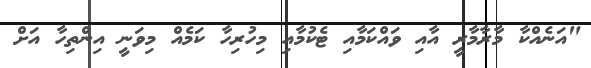
"އަނެއްކާ މާރާމާރީ އާއި ވައްކަމާއި ޓެކުމާއި މިހުރިހާ ކަމެއް މިވަނީ އިންތިހާ އަށް